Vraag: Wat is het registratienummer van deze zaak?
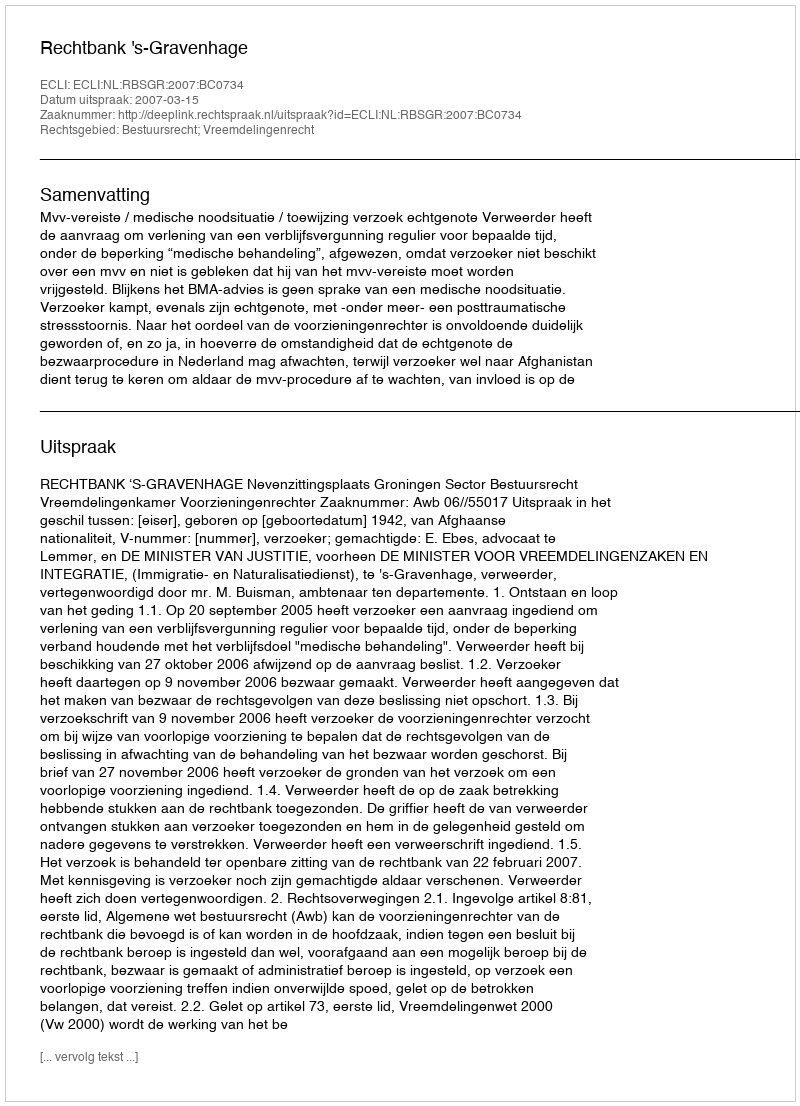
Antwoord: http://deeplink.rechtspraak.nl/uitspraak?id=ECLI:NL:RBSGR:2007:BC0734